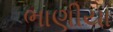
ભાણીયા